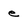
Character: e